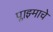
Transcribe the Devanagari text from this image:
प्लाझ्माचे